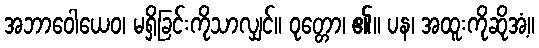
အဘာဝေါယေဝ၊ မရှိခြင်းကိုသာလျှင်။ ဝုတ္တော၊ ၏။ ပန၊ အထူးကိုဆိုအံ့။